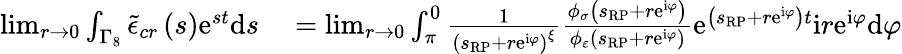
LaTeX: \begin{array}{rl}{\operatorname*{lim}_{r\rightarrow 0}\int_{\Gamma_{8}}\tilde{\epsilon}_{cr}\left(s\right)\mathrm{e}^{st}\mathrm{d}s}&{{}=\operatorname*{lim}_{r\rightarrow 0}\int_{\pi}^{0}\frac{1}{\left(s_{\scriptscriptstyle{\mathrm{RP}}}+r\mathrm{e}^{\mathrm{i}\varphi}\right)^{\xi}}\frac{\phi_{\sigma}\left(s_{\scriptscriptstyle{\mathrm{RP}}}+r\mathrm{e}^{\mathrm{i}\varphi}\right)}{\phi_{\varepsilon}\left(s_{\scriptscriptstyle{\mathrm{RP}}}+r\mathrm{e}^{\mathrm{i}\varphi}\right)}\mathrm{e}^{\left(s_{\scriptscriptstyle{\mathrm{RP}}}+r\mathrm{e}^{\mathrm{i}\varphi}\right)t}\mathrm{i}r\mathrm{e}^{\mathrm{i}\varphi}\mathrm{d}\varphi}\end{array}